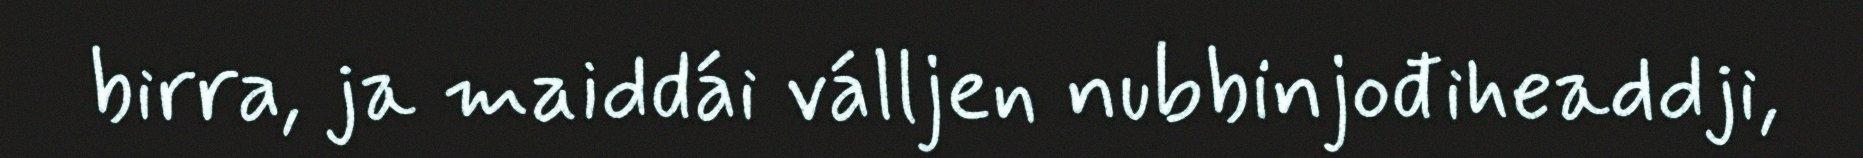
birra, ja maiddái válljen nubbinjođiheaddji,